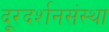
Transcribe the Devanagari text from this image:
दूरदर्शनसंस्था